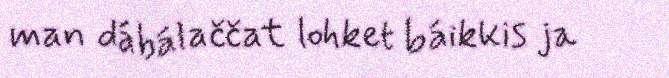
man dábálaččat lohket báikkis ja